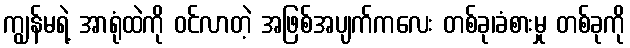
ကျွန်မရဲ့ အာရုံထဲကို ဝင်လာတဲ့ အဖြစ်အပျက်ကလေး တစ်ခု၊ခံစားမှု တစ်ခုကို